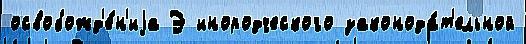
освобожд'е́н'иjа Э инородческого законода́т'ельной